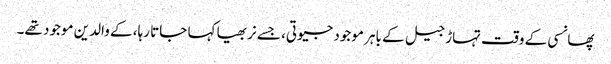
پھانسی کے وقت تہاڑ جیل کے باہر موجود جیوتی، جسے نربھیا کہا جاتا رہا، کے والدین موجود تھے۔